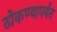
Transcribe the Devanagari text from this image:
ठोकण्यापर्यंत